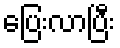
ပြေးလာပြီး